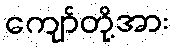
ကျော်တို့အား